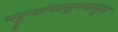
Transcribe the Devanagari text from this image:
पट्ट्यांपासूनपासून